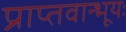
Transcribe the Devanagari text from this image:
प्राप्तवान्भूयः